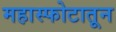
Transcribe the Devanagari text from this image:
महास्फोटातून